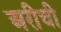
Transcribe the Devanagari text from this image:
अरीची